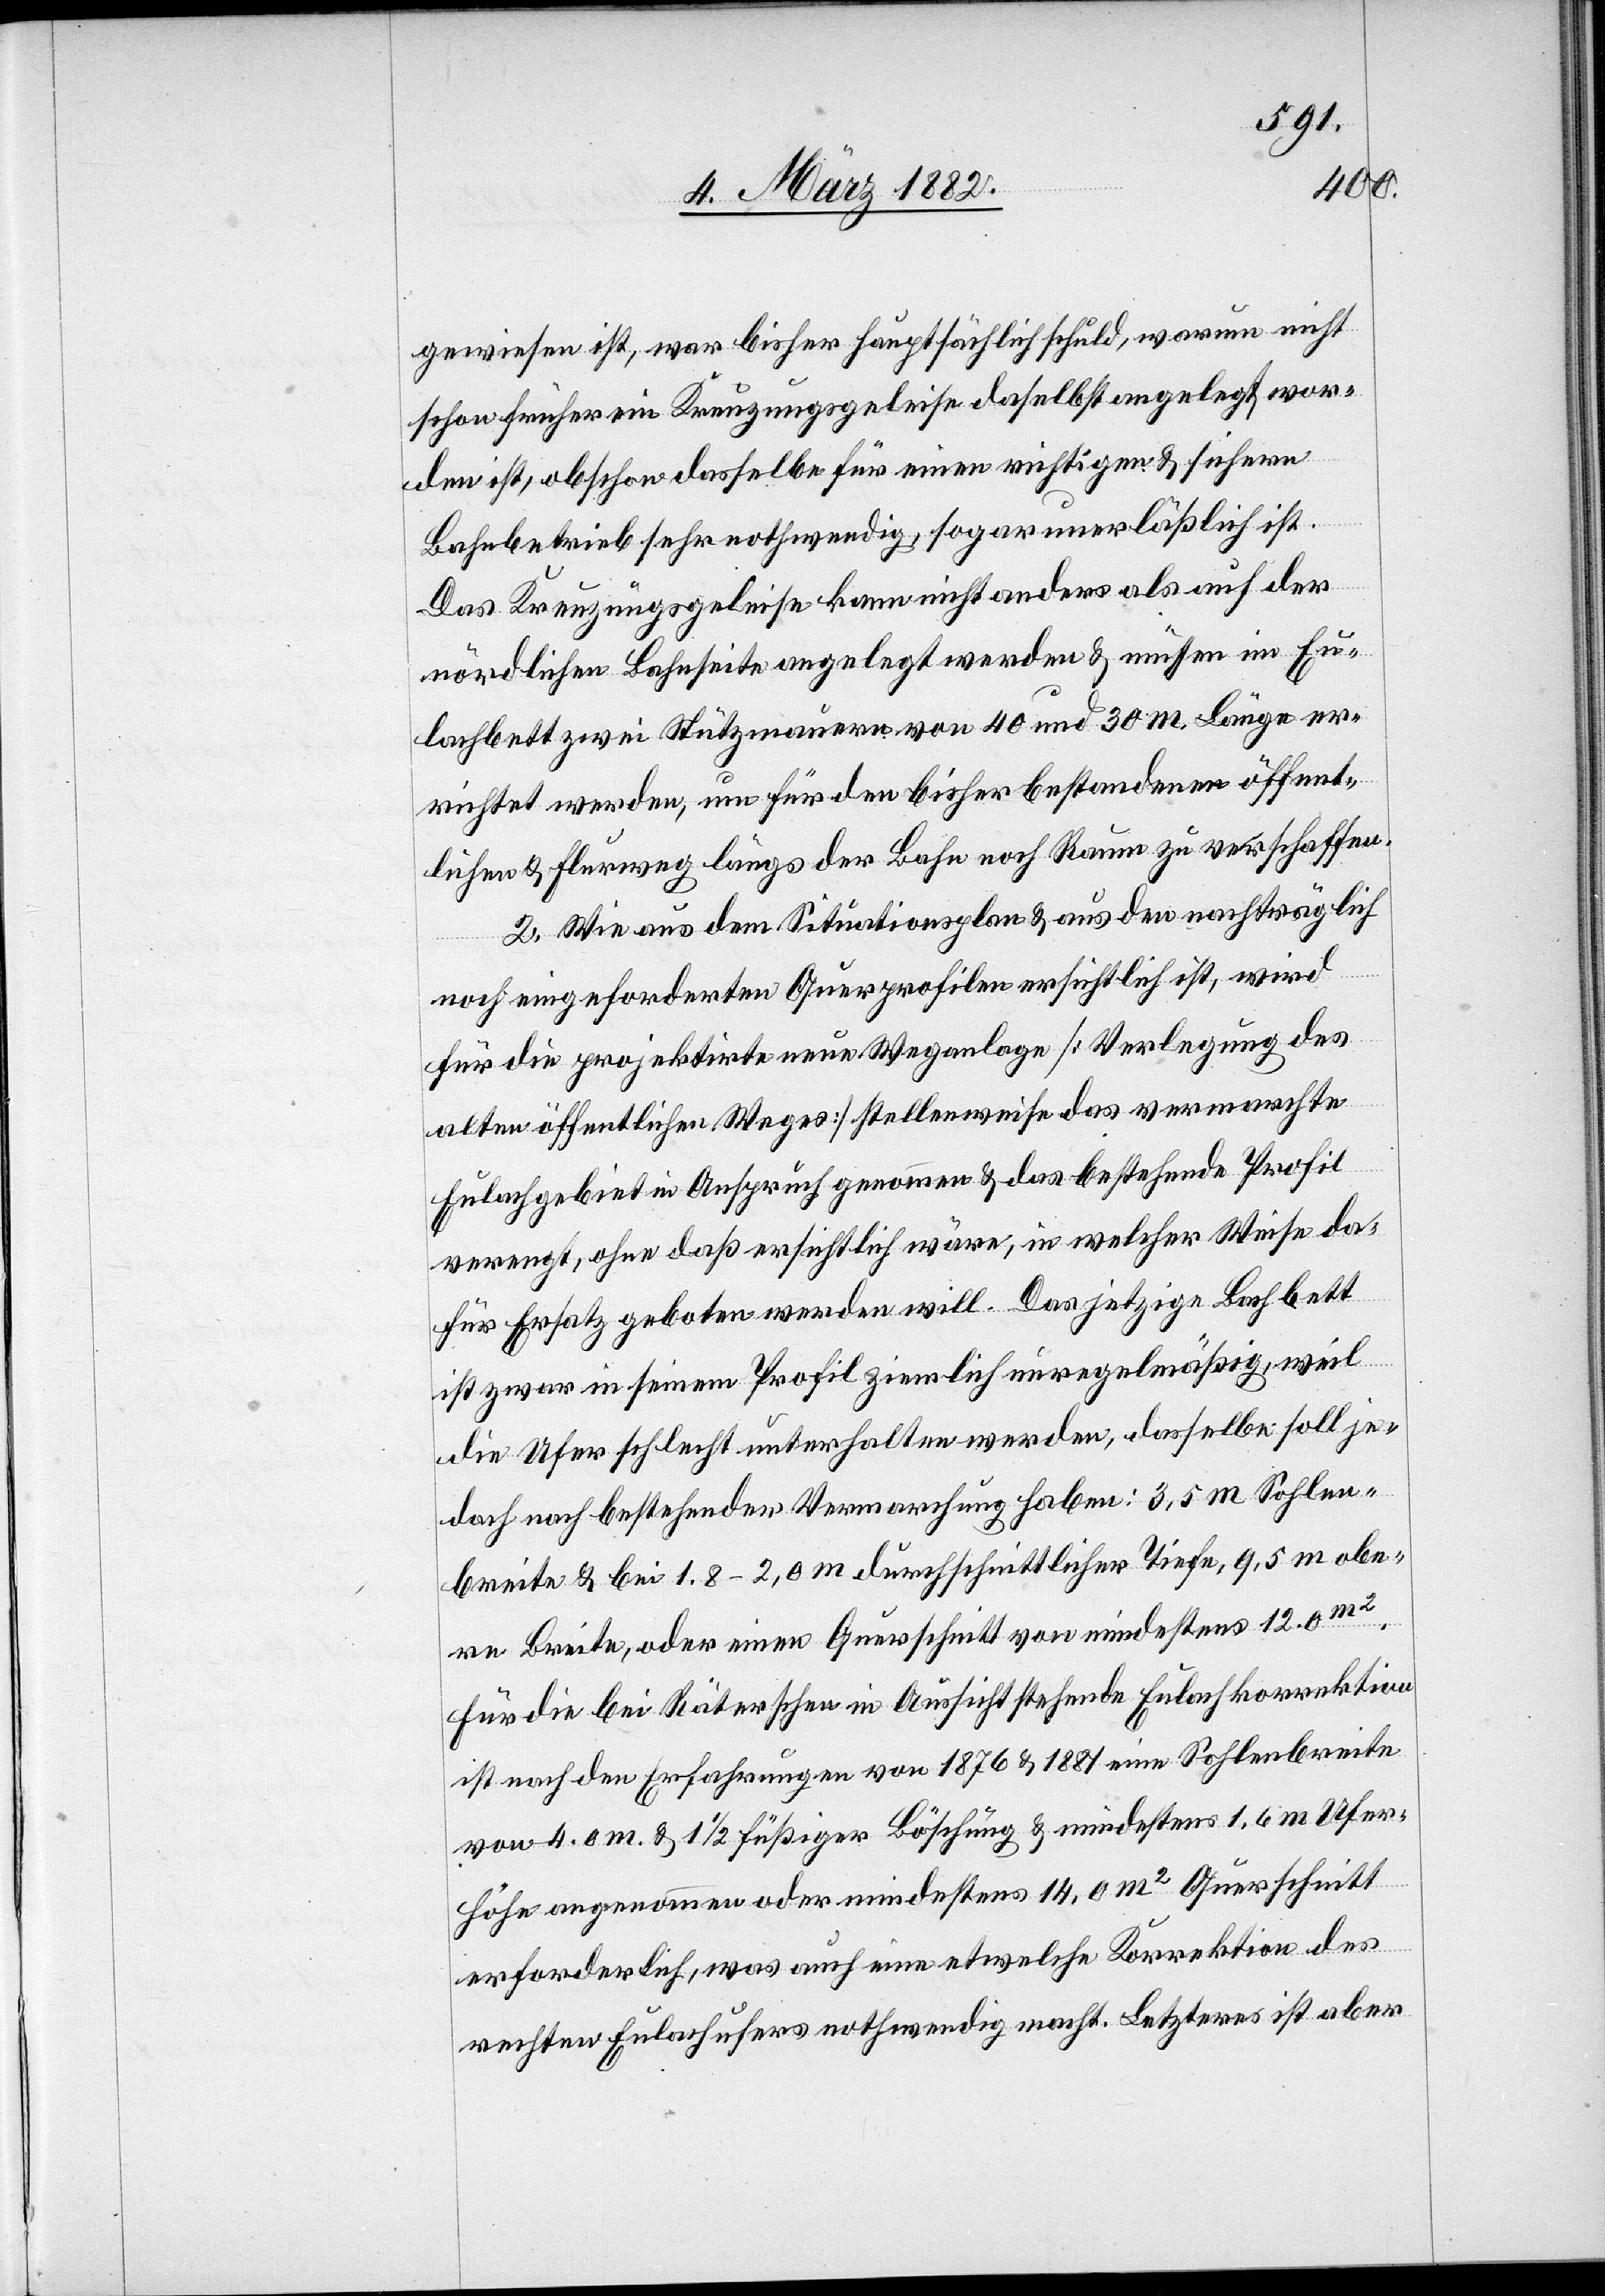
gewiesen ist, war bisher hauptsächlich schuld, warum nicht
schon früher ein Kreuzungsgeleise daselbst angelegt wor¬
den ist, obschon dasselbe für einen richtigen & sicheren
Bahnbetrieb sehr nothwendig, sogar unerläßlich ist.
Das Kreuzungsgeleise kann nicht anders als auf der
nördlichen Bahnseite angelegt werden & müsse im Eu¬
lachbett zwei Stützmauern von 40 und 30m Länge er¬
richtet werden, um für den bisher bestandenen öffent¬
lichen Flurweg längs der Bahn noch Raum zu verschaffen.
2. Wie aus dem Situationsplan & aus den nachträglich
noch eingeforderten Querprofilen ersichtlich ist, wird
für die projektierte neue Weganlage [Verlegung des
alten öffentlichen Weges] stellenweise das vermarchte
Eulachgebiet in Anspruch genommen & das bestehende Profil
verengt, ohne daß ersichtlich wäre, in welcher Weise da¬
für Ersatz geboten werden will. Das jetzige Bachbett
ist zwar in seinem Profil ziemlich unregelmäßig, weil
die Uferschlucht unterhalten werde, dasselbe soll je¬
doch nach bestehender Vermarchung haben: 3,5m Sohlen¬
breite & bei 1.8–2.0m durchschnittlicher Tiefe, 9,5m obe¬
rer Breite, oder einen Querschnitt von mindestens 12.0m2.
Für die bei Räterschen in Aussicht stehende Eulachkorrektion
ist nach den Erfahrungen von 1876 & 1881 eine Sohlenbreite
von 4.0m & 1 1/2 füßiger Böschung & mindestens 1,6m Ufer¬
höhe angenommen oder mindestens 14,0m2 Querschnitt
erforderlich, was auch eine etwelche Korrektion des
rechten Eulachufers nothwendig macht. Letzteres ist aber